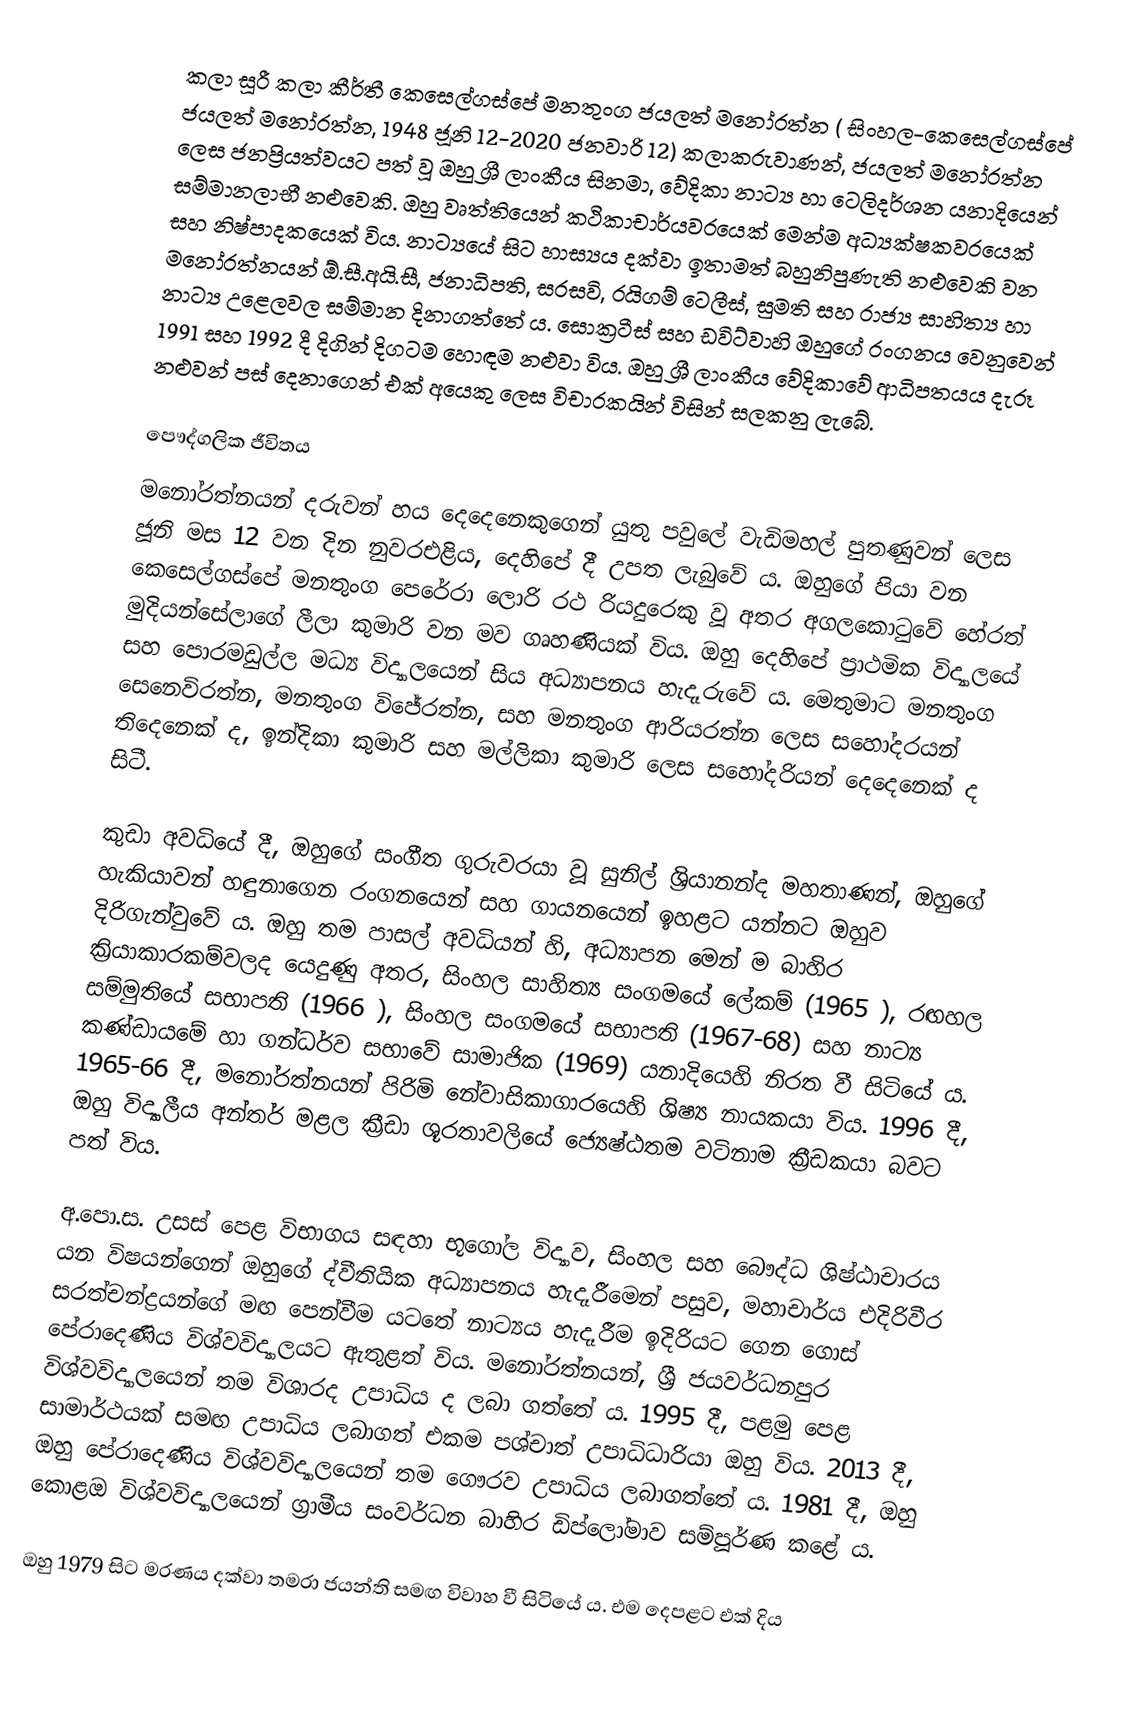
කලා සූරී කලා කීර්තී කෙසෙල්ගස්පේ මනතුංග ජයලත් ම‍නෝරත්න ( සිංහල-කෙසෙල්ගස්පේ ජයලත් මනෝරත්න, 1948 ජූනි 12-2020 ජනවාරි 12) කලාකරුවාණන්, ජයලත් මනෝරත්න ලෙස ජනප්‍රියත්වයට පත් වූ ඔහු ශ්‍රී ලාංකීය සිනමා, වේදිකා නාට්‍ය හා ටෙලිදර්ශන යනාදියෙන් සම්මානලාභී නළුවෙකි. ඔහු වෘත්තියෙන් කථිකාචාර්යවරයෙක් මෙන්ම අධ්‍යක්ෂකවරයෙක් සහ නිෂ්පාදකයෙක් විය. නාට්‍යයේ සිට හාස්‍යය දක්වා ඉතාමත් බහුනිපුණැති නළුවෙකි වන මනෝරත්නයන් ඕ.සී.අයි.සී, ජනාධිපති, සරසවි, රයිගම් ටෙලීස්, සුමති සහ රාජ්‍ය සාහිත්‍ය හා නාට්‍ය උළෙලවල සම්මාන දිනාගත්තේ ය. සොක්‍රටීස් සහ ඩවිට්වාහි ඔහුගේ රංගනය වෙනුවෙන් 1991 සහ 1992 දී දිගින් දිගටම හොඳම නළුවා විය. ඔහු ශ්‍රී ල‍ාංකීය වේදිකාවේ ආධිපතයය දැරූ නළුවන් පස් දෙනාගෙන් එක් අයෙකු ලෙස විචාරකයින් විසින් සලකනු ලැබේ.

පෞද්ගලික ජීවිතය
මනෝරත්නයන් දරුවන් හය දෙදෙනෙකුගෙන් යුතු පවුලේ වැඩිමහල් පුතණුවන් ලෙස ජූනි මස 12 වන දින නුවරඑළිය, දෙහිපේ දී උපත ලැබුවේ ය. ඔහුගේ පියා වන කෙසෙල්ගස්පේ මනතුංග පෙරේරා ලොරි රථ රියදුරෙකු වූ අතර අගලකොටුවේ හේරත් මුදියන්සේලාගේ ලීලා කුමාරි වන මව ගෘහණියක් විය. ඔහු දෙහිපේ ප්‍රාථමික විද්‍යාලයේ සහ පොරමඩුල්ල මධ්‍ය විද්‍යාලයෙන් සිය අධ්‍යාපනය හැදෑරුවේ ය. මෙතුමාට මනතුංග සෙනෙවිරත්න, මනතුංග ‍විජේරත්න, සහ මනතුංග ආරියරත්න ලෙස සහෝදරයන් තිදෙනෙක් ද, ඉන්දිකා කුමාරි සහ මල්ලිකා කුමාරි ලෙස සහෝදරියන් දෙදෙනෙක් ද සිටී.

කුඩා අවධියේ දී, ඔහුගේ සංගීත ගුරුවරයා වූ සුනිල් ශ්‍රියානන්ද මහතාණන්, ඔහුගේ හැකියාවන් හඳුනාගෙන රංගනයෙන් සහ ගායනයෙන් ඉහළට යන්නට ඔහුව දිරිගැන්වුවේ ය. ඔහු තම පාසල් අවධියන් හි, අධ්‍යාපන මෙන් ම බාහිර ක්‍රියාකාරකම්වලද යෙදුණු අතර, සිංහල සාහිත්‍ය සංගමයේ ලේකම් (1965 ), රඟහල සම්මුතියේ සභාපති (1966 ), සිංහල සංගමයේ සභාපති (1967-68) සහ නාට්‍ය කණ්ඩායමේ හා ගන්ධර්ව සභාවේ සාමාජික (1969) යනාදියෙහි නිරත වී සිටියේ ය. 1965-66 දී, මනෝරත්නයන් පිරිමි නේවාසිකාගාරයෙහි ශිෂ්‍ය නායකයා විය. 1996 දී, ඔහු විද්‍යාලීය අන්තර් මළල ක්‍රීඩා ශූරතාවලියේ ජ්‍යෙෂ්ඨතම වටිනාම ක්‍රීඩකයා බවට පත් විය.

අ.පො.ස. උසස් පෙළ විභාගය සඳහා භූගෝල විද්‍යාව, සිංහල සහ බෞද්ධ ශිෂ්ඨාචාරය යන විෂයන්ගෙන් ඔහුගේ ද්වීතියික අධ්‍යාපනය හැදෑරීමෙන් පසුව, මහාචාර්ය එදිරිවීර සරත්චන්ද්‍රයන්ගේ මඟ පෙන්වීම යටතේ නාට්‍යය හැදෑරීම ඉදිරියට ගෙන ගොස් පේරාදෙණිය විශ්වවිද්‍යාලයට ඇතුළත් විය. මනෝරත්නයන්, ශ්‍රී ජයවර්ධනපුර විශ්වවිද්‍යාලයෙන් තම විශාරද උපාධිය ද ලබා ගත්තේ ය. 1995 දී, පළමු පෙළ සාමාර්ථයක් සමඟ උපාධිය ලබාගත් එකම පශ්චාත් උපාධිධාරියා ඔහු විය. 2013 දී, ඔහු පේරාදෙණිය විශ්වවිද්‍යාලයෙන් තම ගෞරව උපාධිය ලබාගත්තේ ය. 1981 දී, ඔහු කොළඔ විශ්වවිද්‍යාලයෙන් ග්‍රාමීය සංවර්ධන බාහිර ඩිප්ලෝමාව සම්පූර්ණ කළේ ය.

ඔහු 1979 සිට මරණය දක්වා තමරා ජයන්ති සමඟ විවාහ වී සිටියේ ය. එම දෙපළට එක් දිය